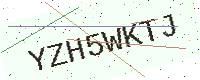
Text: YZH5WKTJ